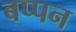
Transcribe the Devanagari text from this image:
बप्पन